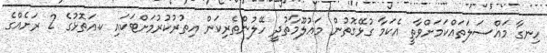
ހިނގާ މައްސަލަތައްކަމަށްވާތީ އެކަމާ ގުޅޭގޮތުން މަޢުލޫމާތުދީ ހޭލުންތެރިކަން އިތުރުކުރުމަށްޓަކައި ކ.އަތޮޅުގެ 2 ރަށެއްގެ